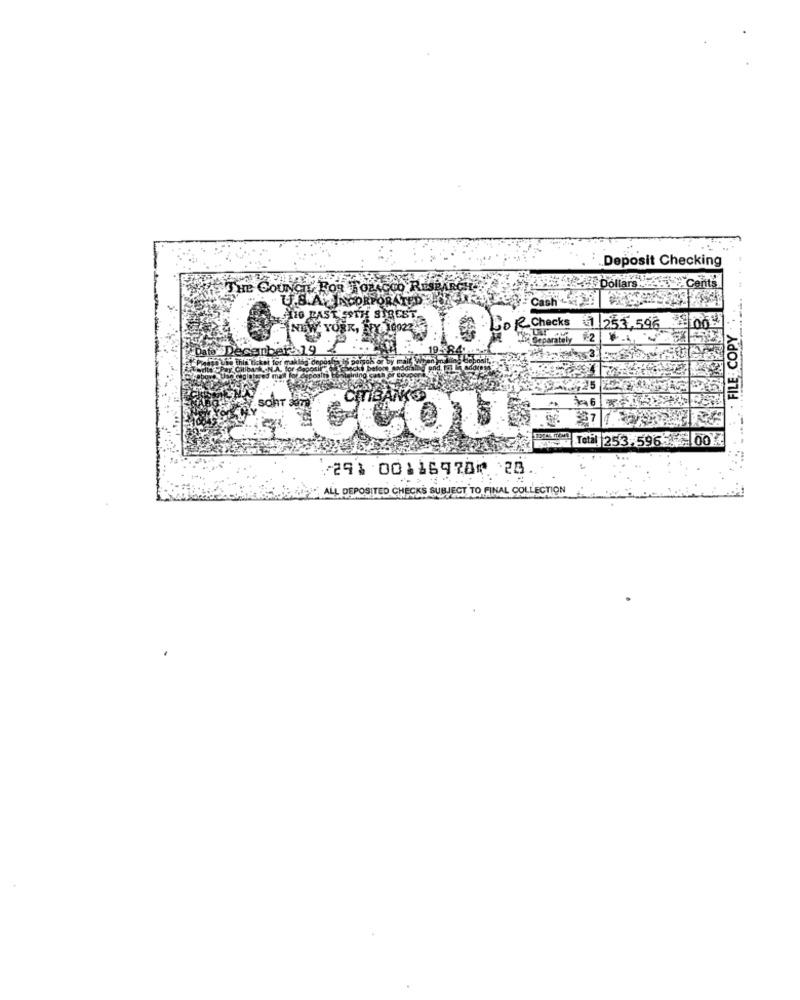
Deposit Checking
THE COUNCIL FOR GLACCO RESBARE
Dollars
Cents
U.S.A. JACORPORATED
Cash &
4 253.596
FILE COPY
Separately
FDate
canber: 19
ACCOU
Total 253.5965. 100
/291 00116978⑈ 20
ALL DEPOSITED CHECKS SUBJECT TO FINAL COLLECTION